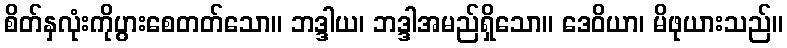
စိတ်နှလုံးကိုပွားစေတတ်သော။ ဘဒ္ဒါယ၊ ဘဒ္ဒါအမည်ရှိသော။ ဒေဝိယာ၊ မိဖုယားသည်။